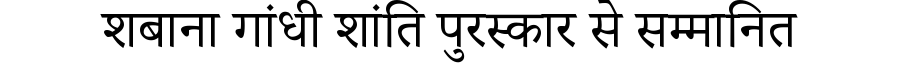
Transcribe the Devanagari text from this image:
शबाना गांधी शांति पुरस्कार से सम्मानित